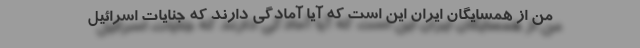
من از همسایگان ایران این است که آیا آمادگی دارند که جنایات اسرائیل